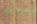
السعادة